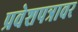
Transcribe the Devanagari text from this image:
प्रवेशपत्रावर